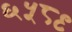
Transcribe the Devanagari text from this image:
६५८९